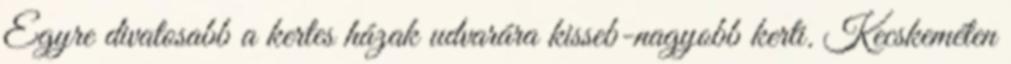
Egyre divatosabb a kertes házak udvarára kisseb-nagyobb kerti. Kecskeméten